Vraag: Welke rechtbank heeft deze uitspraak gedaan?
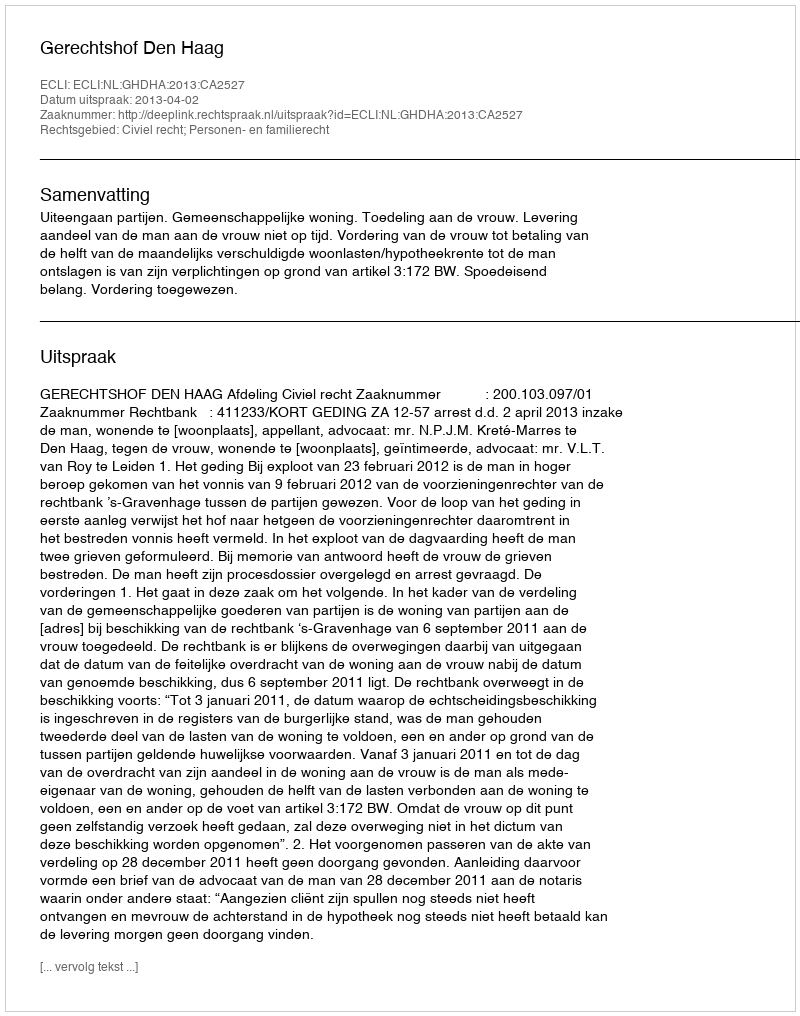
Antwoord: Gerechtshof Den Haag